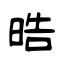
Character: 晧